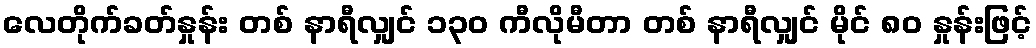
လေတိုက်ခတ်နှုန်း တစ် နာရီလျှင် ၁၃၀ ကီလိုမီတာ တစ် နာရီလျှင် မိုင် ၈၀ နှုန်းဖြင့်